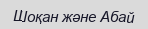
Шоқан және Абай